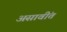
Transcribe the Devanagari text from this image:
असावींत